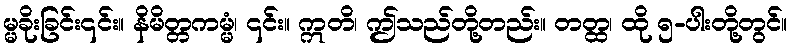
မ္မခိုးခြင်း၎င်း။ နိမိတ္တကမ္မံ၊ ၎င်း။ ဣတိ၊ ဤသည်တို့တည်း။ တတ္ထ၊ ထို ၅-ပါးတို့တွင်။